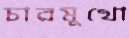
চারমুখো